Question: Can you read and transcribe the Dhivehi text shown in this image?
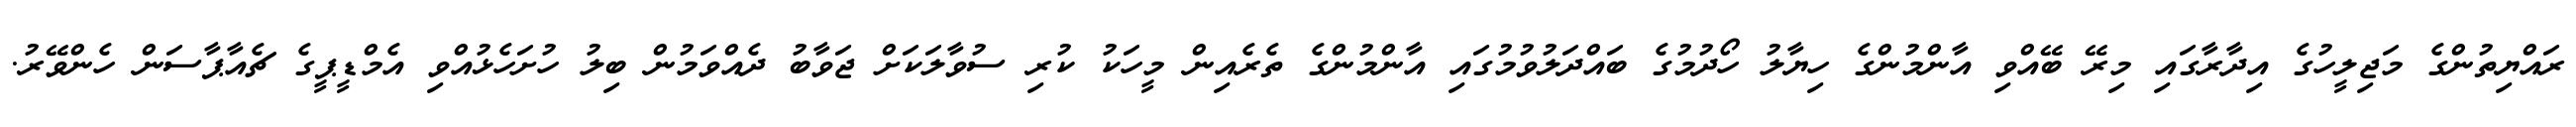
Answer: ރައްޔިތުންގެ މަޖިލީހުގެ އިދާރާގައި މިރޭ ބޭއްވި އާންމުންގެ ހިޔާލު ހޯދުމުގެ ބައްދަލުވުމުގައި އާންމުންގެ ތެރެއިން މީހަކު ކުރި ސުވާލަކަށް ޖަވާބު ދެއްވަމުން ބިލު ހުށަހެޅުއްވި އެމްޑީޕީގެ ޗެއާޕާސަން ހެންވޭރު.